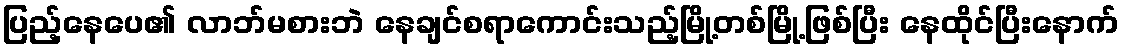
ပြည့်နေပေ၏ လာဘ်မစားဘဲ နေချင်စရာကောင်းသည့်မြို့တစ်မြို့ဖြစ်ပြီး နေထိုင်ပြီးနောက်